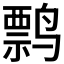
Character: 𬸤